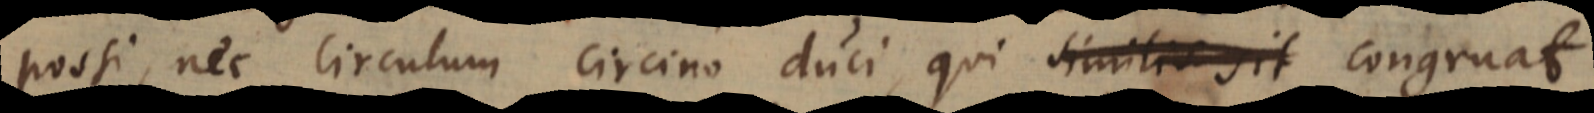
possi, nec circulum circino duci, qui similis sit congruat